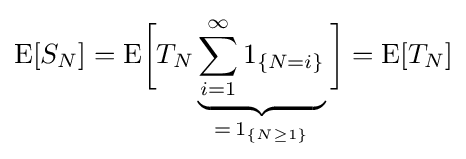
\operatorname {E} [S_{N}]=\operatorname {E} \!{\biggl [}T_{N}\underbrace {\sum _{i=1}^{\infty }1_{\{N=i\}}} _{=\,1_{\{N\geq 1\}}}{\biggr ]}=\operatorname {E} [T_{N}]